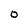
Character: 0